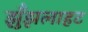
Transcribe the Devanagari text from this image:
झुँझलाहट